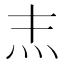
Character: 𤆖